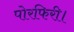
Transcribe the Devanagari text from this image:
पोरफिरी।